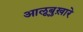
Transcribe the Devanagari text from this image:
आलूबुख़ारे